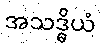
အသဒ္ဓိယံ